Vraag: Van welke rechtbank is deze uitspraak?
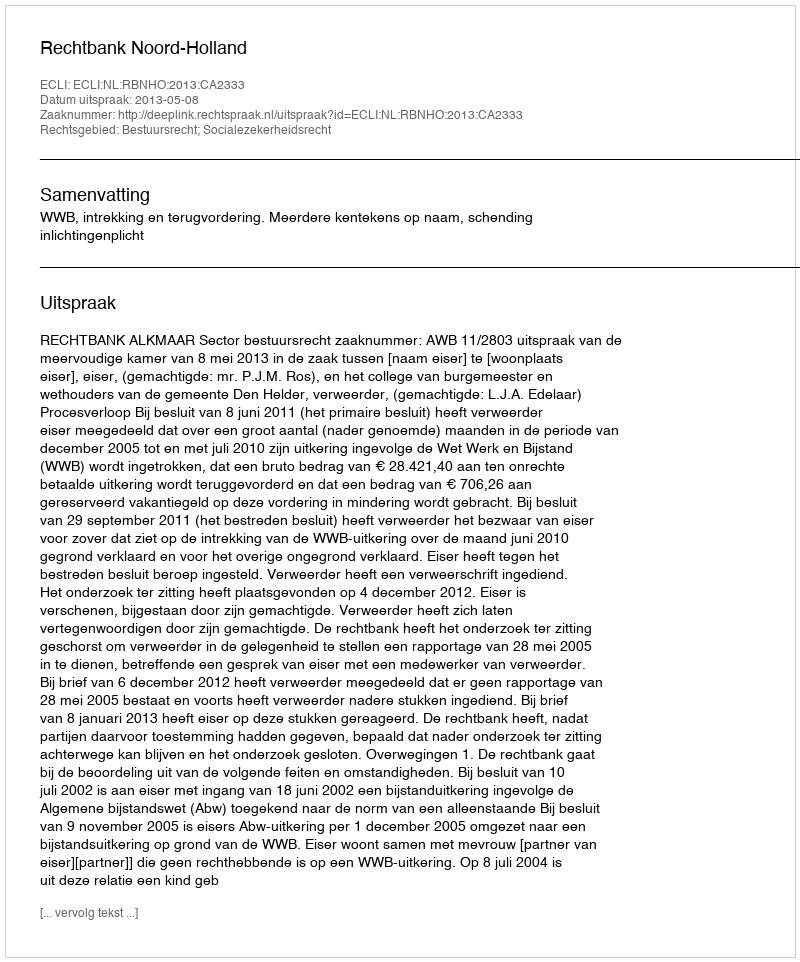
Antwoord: Rechtbank Noord-Holland